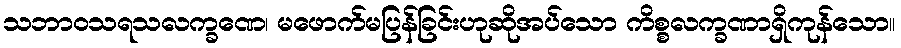
သဘာဝသရသလက္ခဏေ၊ မဖောက်မပြန်ခြင်းဟုဆိုအပ်သော ကိစ္စလက္ခဏာရှိကုန်သော။